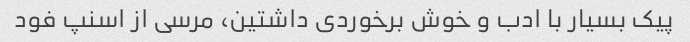
پیک بسیار با ادب و خوش برخوردی داشتین، مرسی از اسنپ فود